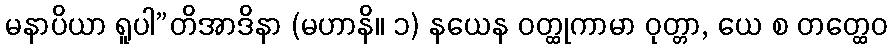
မနာပိယာ ရူပါ”တိအာဒိနာ (မဟာနိ။ ၁) နယေန ဝတ္ထုကာမာ ဝုတ္တာ, ယေ စ တတ္ထေဝ